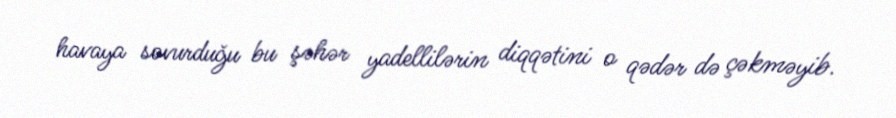
havaya sovurduğu bu şəhər yadellilərin diqqətini o qədər də çəkməyib.